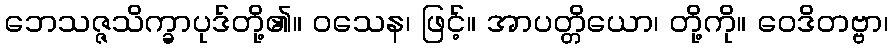
ဘေသဇ္ဇသိက္ခာပုဒ်တို့၏။ ဝသေန၊ ဖြင့်။ အာပတ္တိယော၊ တို့ကို။ ဝေဒိတဗ္ဗာ၊